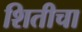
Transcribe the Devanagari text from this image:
शितीचा